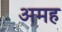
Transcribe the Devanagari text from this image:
अमह